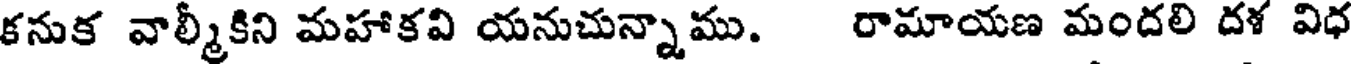
కనుక వాల్మీకిని మహాకవి యనుచున్నాము. రామాయణ మందలి దళ విధ